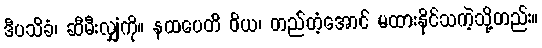
ဒီပသိခံ၊ ဆီမီးလျှံကို။ နထပေတိ ဝိယ၊ တည်တံ့အောင် မထားနိုင်သကဲ့သို့တည်း။